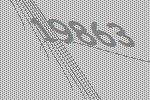
19863